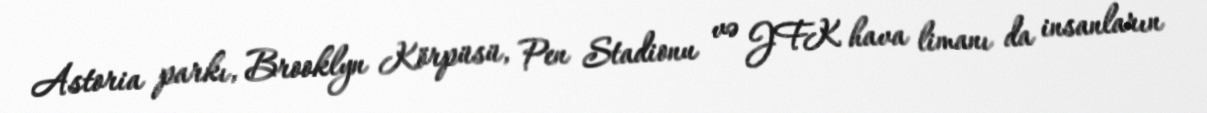
Astoria parkı, Brooklyn Körpüsü, Pen Stadionu və JFK hava limanı da insanların